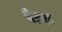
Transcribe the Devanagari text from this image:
बेहल